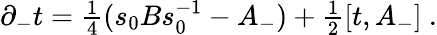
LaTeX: \partial_{-}t={\textstyle{\frac 14}}(s_{0}Bs_{0}^{-1}-A_{-})+{\textstyle{\frac 12}}[t,A_{-}]\ .